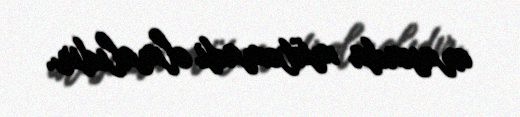
arasında mütəmadi olmalıdır.